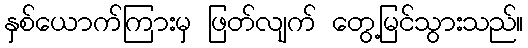
နှစ်ယောက်ကြားမှ ဖြတ်လျက် တွေ့မြင်သွားသည်။